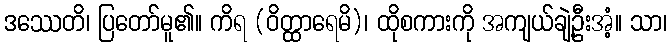
ဒဿေတိ၊ ပြတော်မူ၏။ ကိရ (ဝိတ္ထာရေမိ)၊ ထိုစကားကို အကျယ်ချဲ့ဦးအံ့။ သာ၊